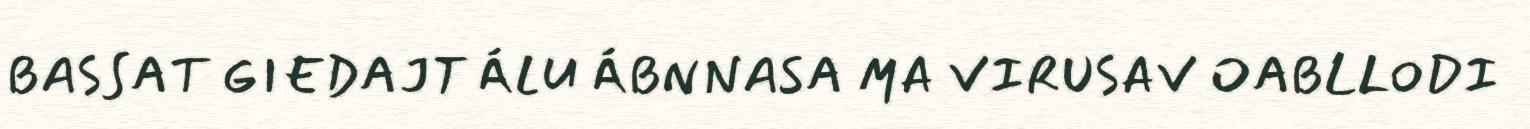
BASSAT GIEDAJT ÁLU ÁBNNASA MA VIRUSAV OABLLODI